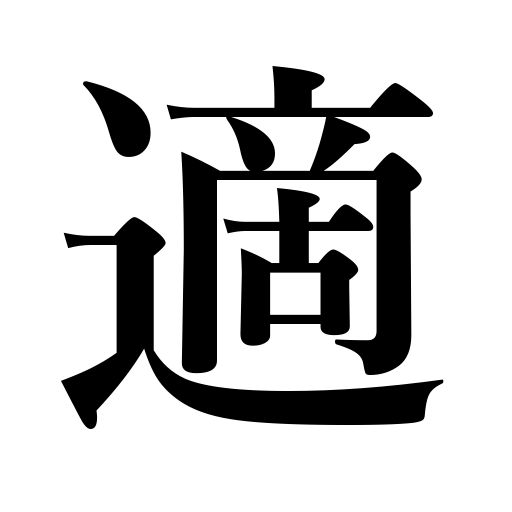
Meanings: suitable